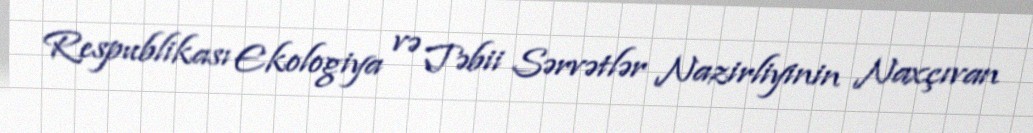
Respublikası Ekologiya və Təbii Sərvətlər Nazirliyinin Naxçıvan